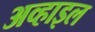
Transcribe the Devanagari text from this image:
अव्हाइल